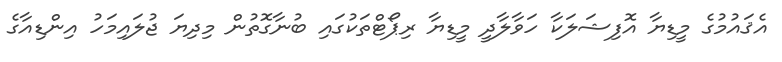
އެޤައުމުގެ މީޑިޔާ އޮފިޝަލަކާ ހަވާލާދީ މީޑިޔާ ރިޕޯޓްތަކުގައި ބުނާގޮތުން މިދިޔަ ޖުލައިމަހު އިންޑިއާގެ